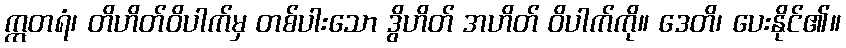
ဣတရံ၊ တိဟိတ်ဝိပါက်မှ တစ်ပါးသော ဒွိဟိတ် အဟိတ် ဝိပါက်ကို။ ဒေတိ၊ ပေးနိုင်၏။